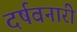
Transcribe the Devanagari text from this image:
दर्षवनारी